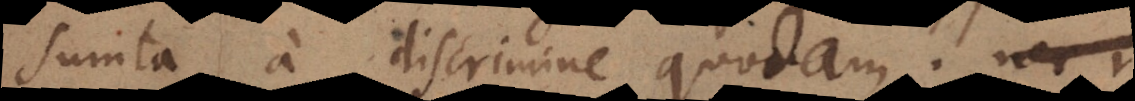
sumta a discrimine quodam